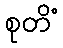
စုတိံ